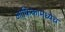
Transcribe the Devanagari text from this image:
आफ्रिकामध्येच